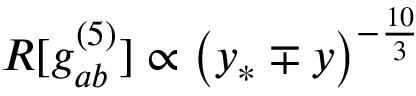
R [ g _ { a b } ^ { ( 5 ) } ] \propto \left( y _ { * } \mp y \right) ^ { - \frac { 1 0 } { 3 } }